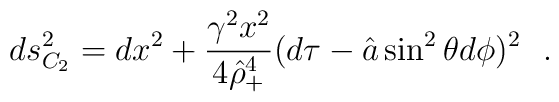
ds^2_{C_2}=dx^2+{\gamma^2 x^2\over 4 \hat{\rho}_+^4}(d\tau-\hat{a}\sin^2\theta d\phi )^2~~.